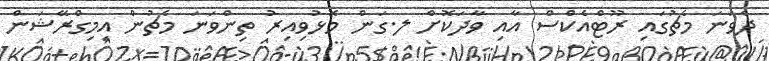
ދެވަނަ މެޗުގައި ރޫޓްއެކްސް އާއި ވާދަކޮށް ލ.ގަން މޮޅުވިއިރު ތިންވަނަ މެޗުން އިމިގްރޭޝަން